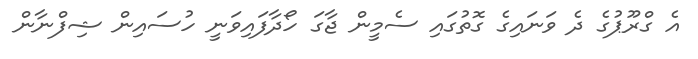
އެ ގްރޫޕުގެ ދެ ވަނައިގެ ގޮތުގައި ސެމީން ޖާގަ ހޯދާފައިވަނީ ހުސައިން ޝިފްނާން